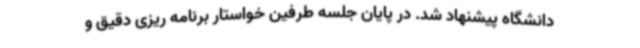
دانشگاه پیشنهاد شد. در پایان جلسه طرفین خواستار برنامه ریزی دقیق و